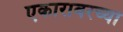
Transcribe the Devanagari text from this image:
एकारावरच्या